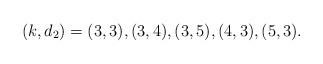
LaTeX: \begin{align*}(k,d_2)= (3,3), (3,4), (3,5), (4,3), (5,3).\end{align*}